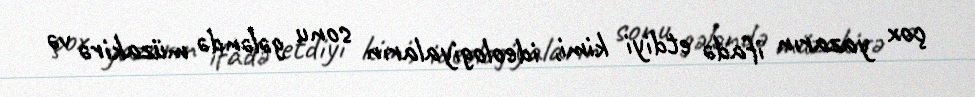
çox yazarın ifadə etdiyi kimi, ideologiyaların sonu gələndə müzakirə və